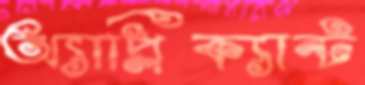
অ্যাপ্লিক্যান্ট